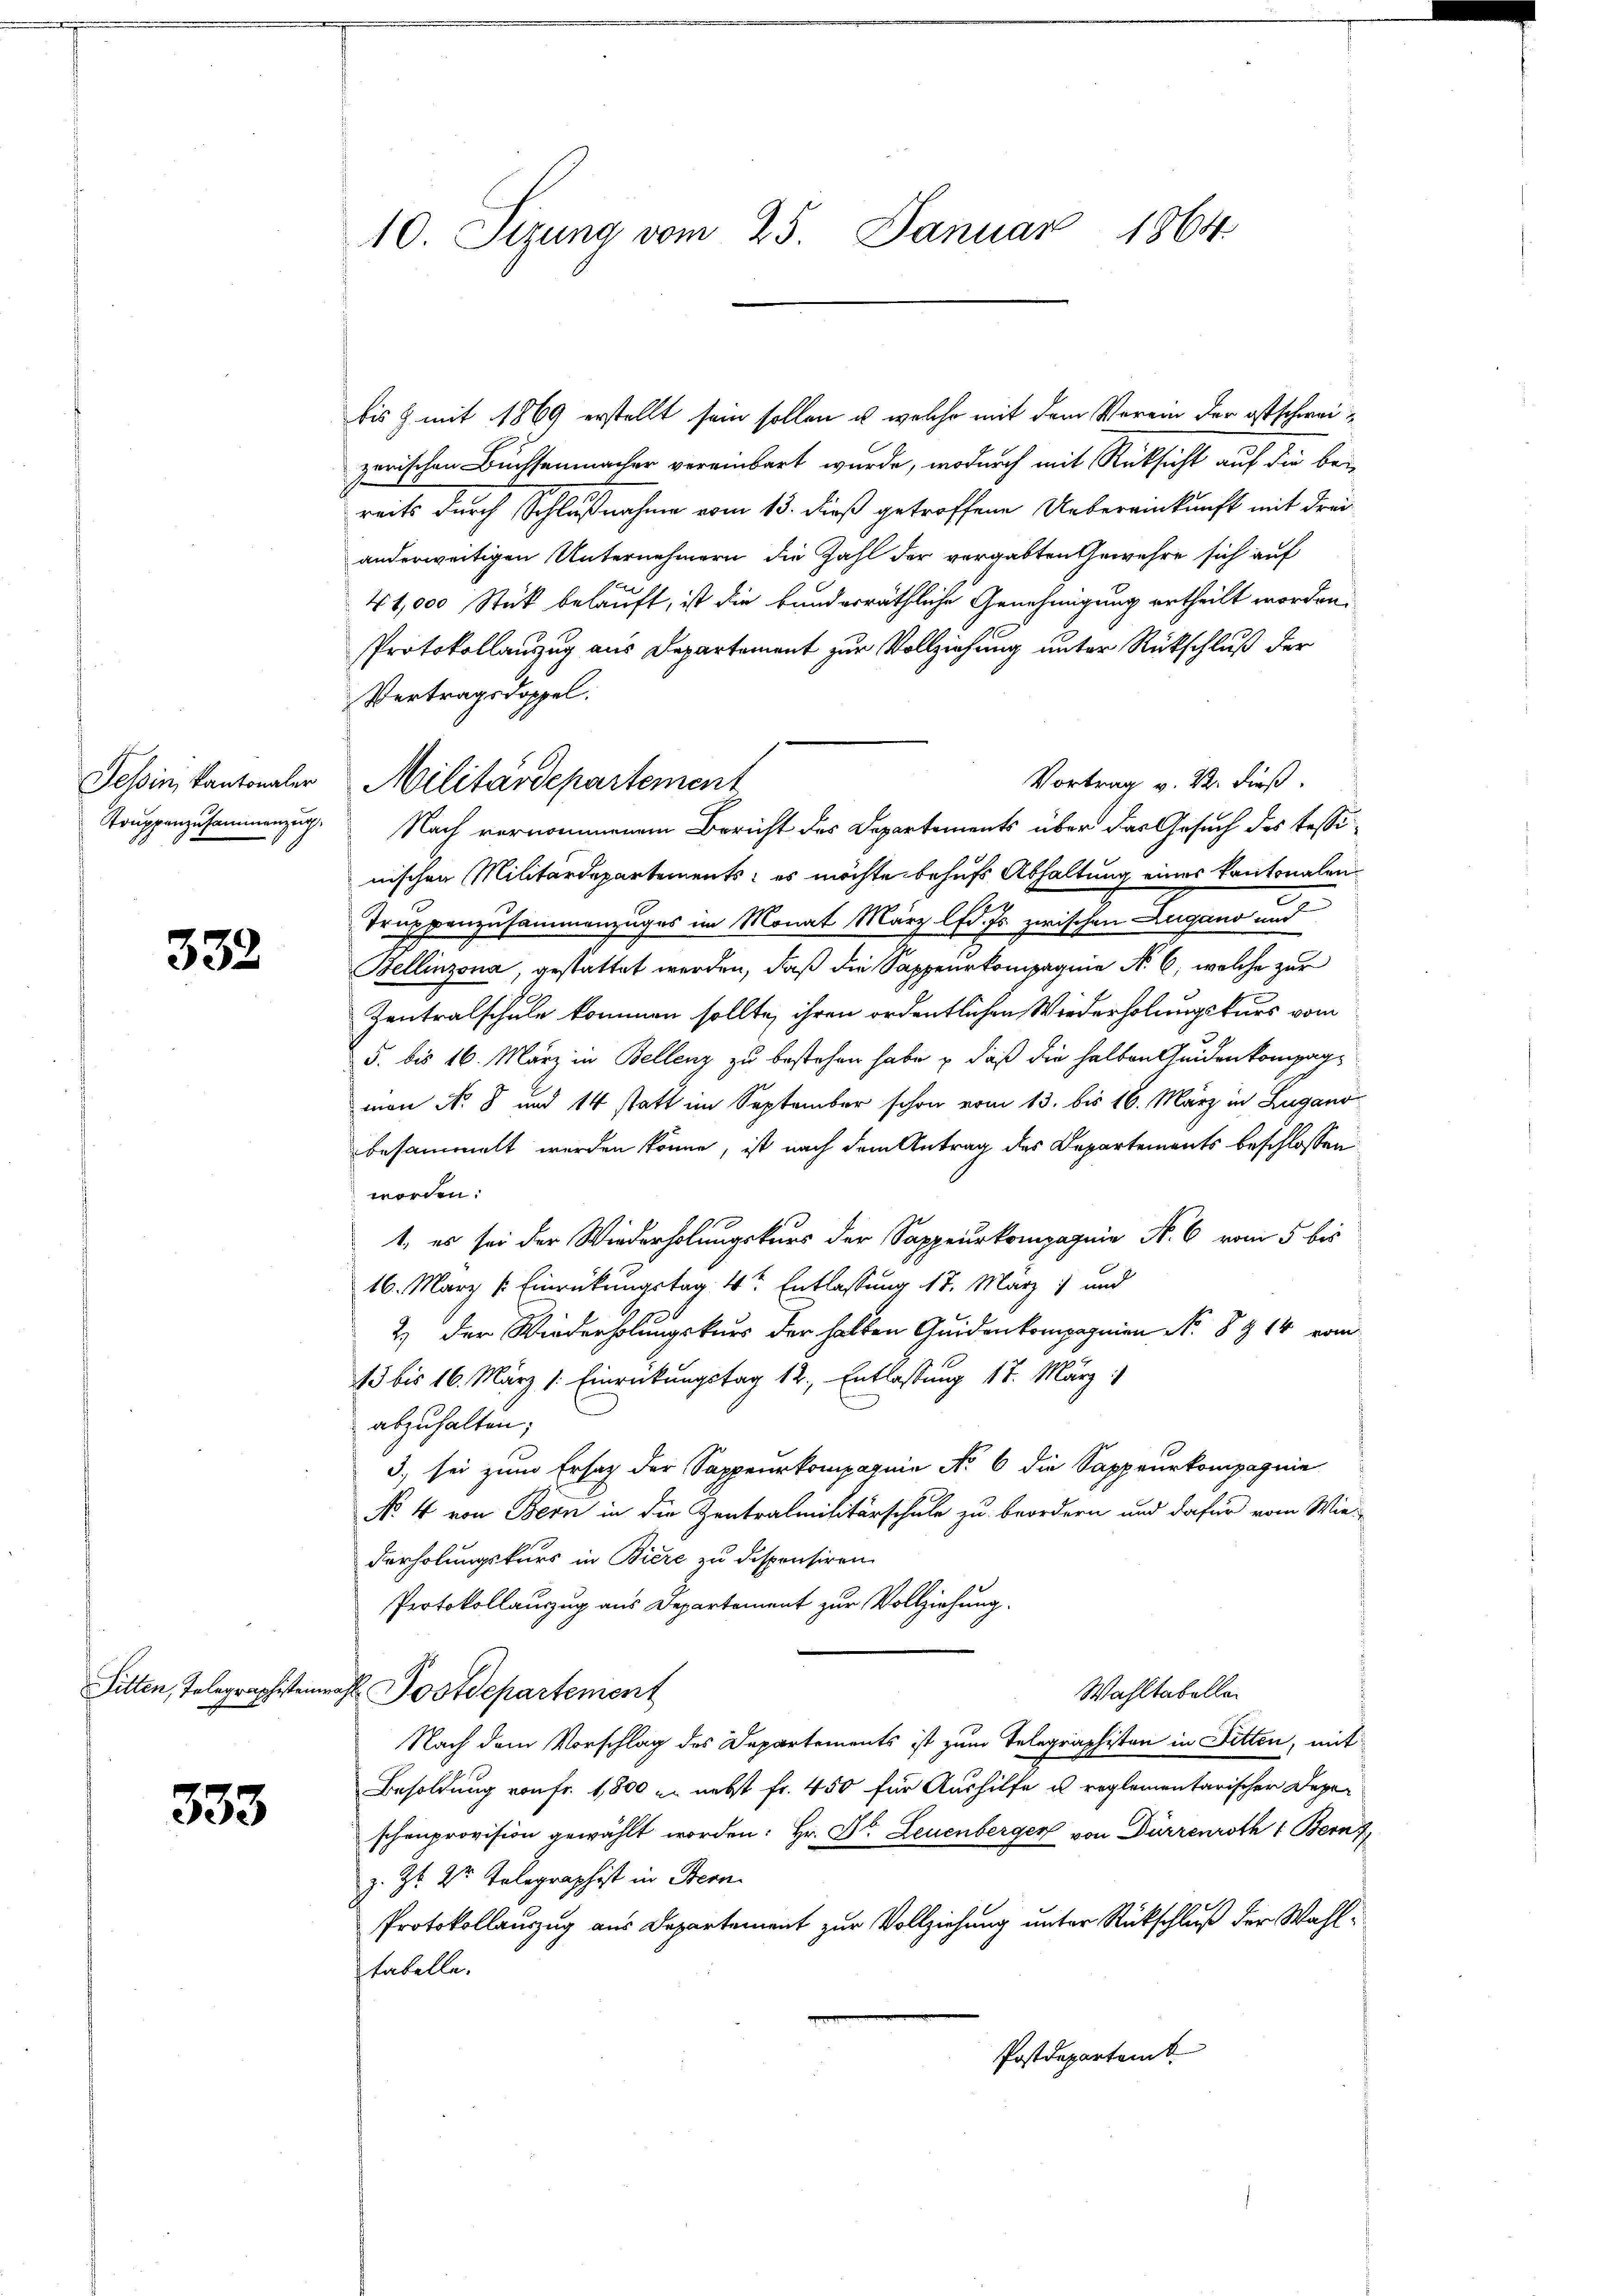
332

333

10. Sizung vom 25. Januar 1864

bis Z. mit 1869 erstellt sein sollen u. welche mit dem Verein der ostschweizerischen Buchsenmacher vereinbart wurde, wodurch mit Rücksicht auf die beireits durch Schlußnahme vom 15. dieß getroffene Uebereinkunft mit Freianderweitigen Unternehmern die Zahl der vergabten Gewehre sich auf
41,000 Stück belauft, ist die bunderräthliche Genehmigung ertheilt worden.
Protokollanzug aus Departement zur Vollziehung unter Rückschluß der
Vertragsdoppel.
Vortrag v. M. dieß.
Tessin kantonaler Militärdepartement
Truppenzusammenzug. Nach vernommenem Bericht des Departements über das Gesuch des Tessinischen Militärdepartements; es möchte behufs Abhaltung eines Kantonalen¬
Truppenzusammenzuges im Monat März lfd. Es zwischen Zugano und
Bellinzona, gestattet werden, daß die Sappeurkompagnie No. 6, welche zur
Zentralschule kommen sollte, ihren ordentlichen Wiederholungskurs vom
5. bis 16. März in Bellenz zu bestehen habe & daß die halben Geidenkompagmon No 8 und 14 statt im September schon vom 13. bis 16. März in Lugano
besammelt werden könne, ist nach dem Antrag des Departements beschlossen
worden.
1., es sei der Wiederholungskurs der Sappeurkompagnie N. 6 vom 5 bis
16. März l. Einrückungstag 4t Entlassung 17. März und
2.) Der Wiederholungskurs der halben Guidenkompagnien N. 8 & 14 vom
13 bis 16. März /: Einrückungstag 12., Entlassung 17. März
abzuhalten;
3) sei zum Ersatz der Sappeurkompagnie No 6 die Sappeurkompagnie
No 4 von Bern in die Zentralmilitärschule zu beordern und dafür vom Wie-
derholungskurs in Biere zu dispensiren
Protokollauszug aus Departement zur Vollziehung.
Sitten, Telegraphistenmahl Postdepartement
Wahltabellen
Nach dem Vorschlag des Departements ist zum Telegraphisten in Fitten, mit
Besoldung von Fr. 1,800 u. nebst fr. 450 für Aushilfe u. reglementarischer Depeschenprovision gewählt worden: Hr. Dr. Leuenberger von Dürrenroth 1 Bern z
z. Zt. der Telegraphist in Stern
Protokollauszug aus Departement zur Vollziehung unter Rückschluß der Wahlstabelle.
Postdepartemb.